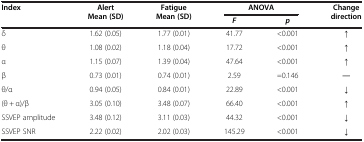
<table><thead><tr><td rowspan="2"><b>Index</b></td><td rowspan="2"><b>Alert Mean (SD)</b></td><td rowspan="2"><b>Fatigue Mean (SD)</b></td><td colspan="2"><b>ANOVA</b></td><td rowspan="2"><b>Change direction</b></td></tr><tr><td><b><i>F</i></b></td><td><b><i>p</i></b></td></tr></thead><tbody><tr><td>δ</td><td>1.62 (0.05)</td><td>1.77 (0.01)</td><td>41.77</td><td>&lt;0.001</td><td>↑</td></tr><tr><td>θ</td><td>1.08 (0.02)</td><td>1.18 (0.04)</td><td>17.72</td><td>&lt;0.001</td><td>↑</td></tr><tr><td>α</td><td>1.15 (0.07)</td><td>1.39 (0.04)</td><td>47.64</td><td>&lt;0.001</td><td>↑</td></tr><tr><td>β</td><td>0.73 (0.01)</td><td>0.74 (0.01)</td><td>2.59</td><td>=0.146</td><td>―</td></tr><tr><td>θ/α</td><td>0.94 (0.05)</td><td>0.84 (0.01)</td><td>22.89</td><td>&lt;0.001</td><td>↓</td></tr><tr><td>(θ + α)/β</td><td>3.05 (0.10)</td><td>3.48 (0.07)</td><td>66.40</td><td>&lt;0.001</td><td>↑</td></tr><tr><td>SSVEP amplitude</td><td>3.48 (0.12)</td><td>3.11 (0.03)</td><td>44.32</td><td>&lt;0.001</td><td>↓</td></tr><tr><td>SSVEP SNR</td><td>2.22 (0.02)</td><td>2.02 (0.03)</td><td>145.29</td><td>&lt;0.001</td><td>↓</td></tr></tbody></table>